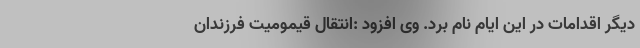
دیگر اقدامات در این ایام نام برد. وی افزود :انتقال قیمومیت فرزندان